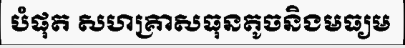
បំផុត សហគ្រាសធុនតូចនិងមធ្យម